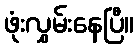
ဖုံးလွှမ်းနေပြီ။